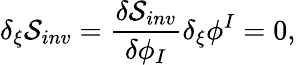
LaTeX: \delta_{\xi}{\cal S}_{inv}={\frac{\delta{\cal S}_{inv}}{\delta\phi_{I}}}\delta_{\xi}\phi^{I}=0,